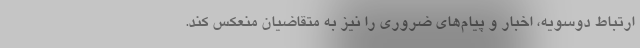
ارتباط دوسویه، اخبار و پیام‌های ضروری را نیز به متقاضیان منعکس کند.